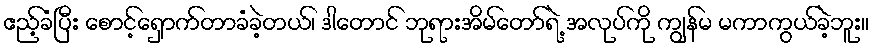
ဧည့်ခံပြီး စောင့်ရှောက်တာခံခဲ့တယ်၊ ဒါတောင် ဘုရားအိမ်တော်ရဲ့ အလုပ်ကို ကျွန်မ မကာကွယ်ခဲ့ဘူး။